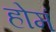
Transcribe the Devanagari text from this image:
होमं